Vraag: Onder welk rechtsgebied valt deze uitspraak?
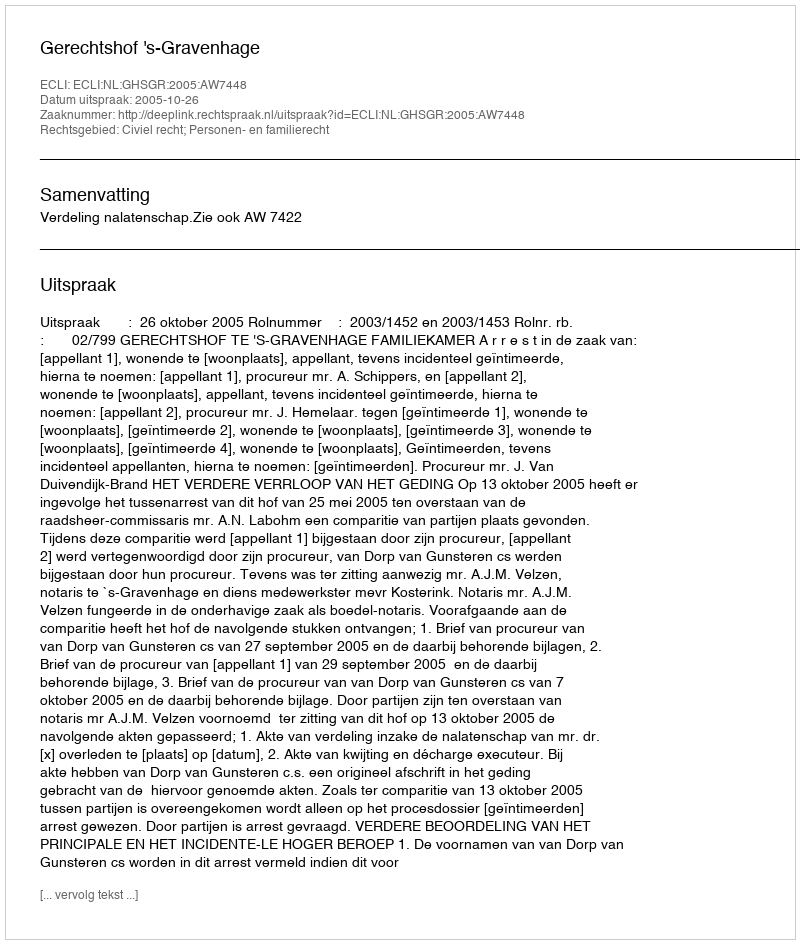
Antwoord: Civiel recht; Personen- en familierecht